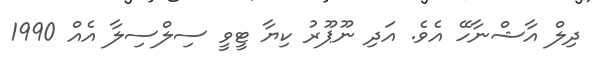
ދިލް އާޝްނާހޭ އެވެ. އަދި ނޫޕޫރު ކިޔާ ޓީވީ ސިލްސިލާ އެއް 1990